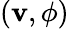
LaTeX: (\mathbf{v},\phi)